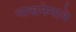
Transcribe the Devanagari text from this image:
नाचनेगाने